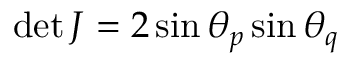
\operatorname* { d e t } J = 2 \sin \theta _ { p } \sin \theta _ { q }